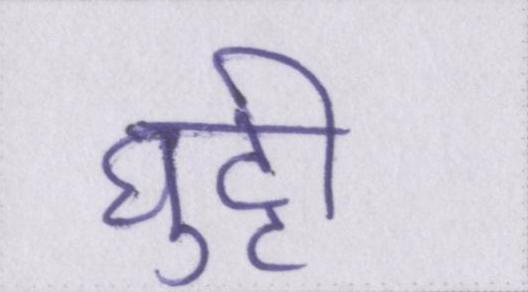
घुट्टी